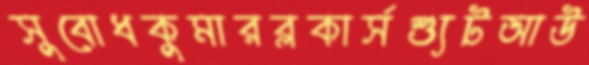
সুবোধকুমারব্লকার্সশ্যুটআউ